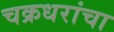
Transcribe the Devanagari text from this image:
चक्रधरांचा